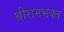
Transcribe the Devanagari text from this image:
श्रीरामभक्त